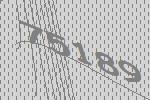
75189